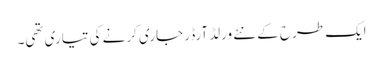
ایک طرح کے نئے ورلڈ آرڈر جاری کرنے کی تیاری تھی۔